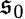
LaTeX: \mathfrak{s}_{0}